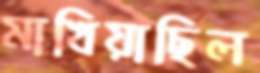
মাখিয়াছিল